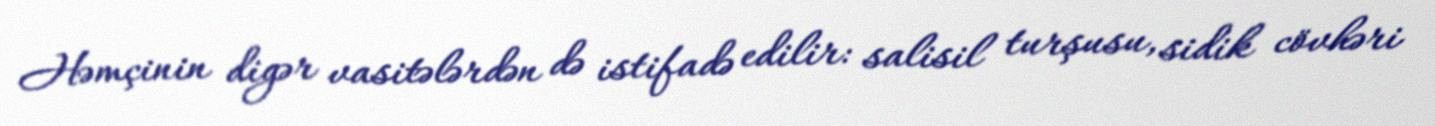
Həmçinin digər vasitələrdən də istifadə edilir: salisil turşusu, sidik cövhəri